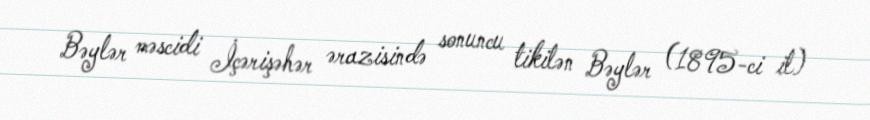
Bəylər məscidi İçərişəhər ərazisində sonuncu tikilən Bəylər (1895-ci il)